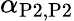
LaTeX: \alpha_{\mathrm{P2},\mathrm{P2}}